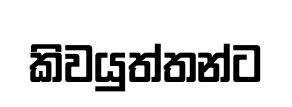
කිවයුත්තන්ට